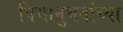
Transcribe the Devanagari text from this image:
विभानुभवांच्या